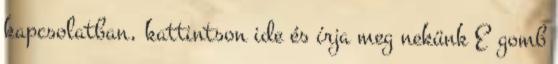
kapcsolatban, kattintson ide és írja meg nekünk E gomb